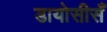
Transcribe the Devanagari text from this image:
डायोसीसँ